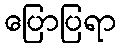
ပြောပြရာ